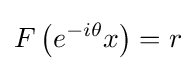
F\left(e^{-i\theta }x\right)=r